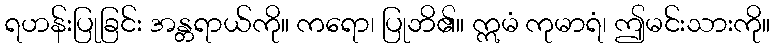
ရဟန်းပြုခြင်း အန္တရာယ်ကို။ ကရော၊ ပြုဘိ၏။ ဣမံ ကုမာရံ၊ ဤမင်းသားကို။